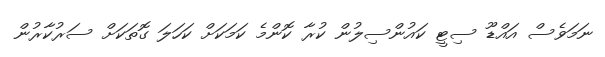
ނަމަވެސް އައްޑޫ ސިޓީ ކައުންސިލުން ކުރާ ކޮންމެ ކަމަކަށް ކަހަލަ ގޮތަކަށް ސަރުކާރުން